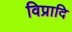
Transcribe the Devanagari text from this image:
विप्रादि